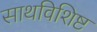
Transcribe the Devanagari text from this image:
साथविशिष्ट